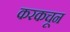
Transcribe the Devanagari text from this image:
करकचून